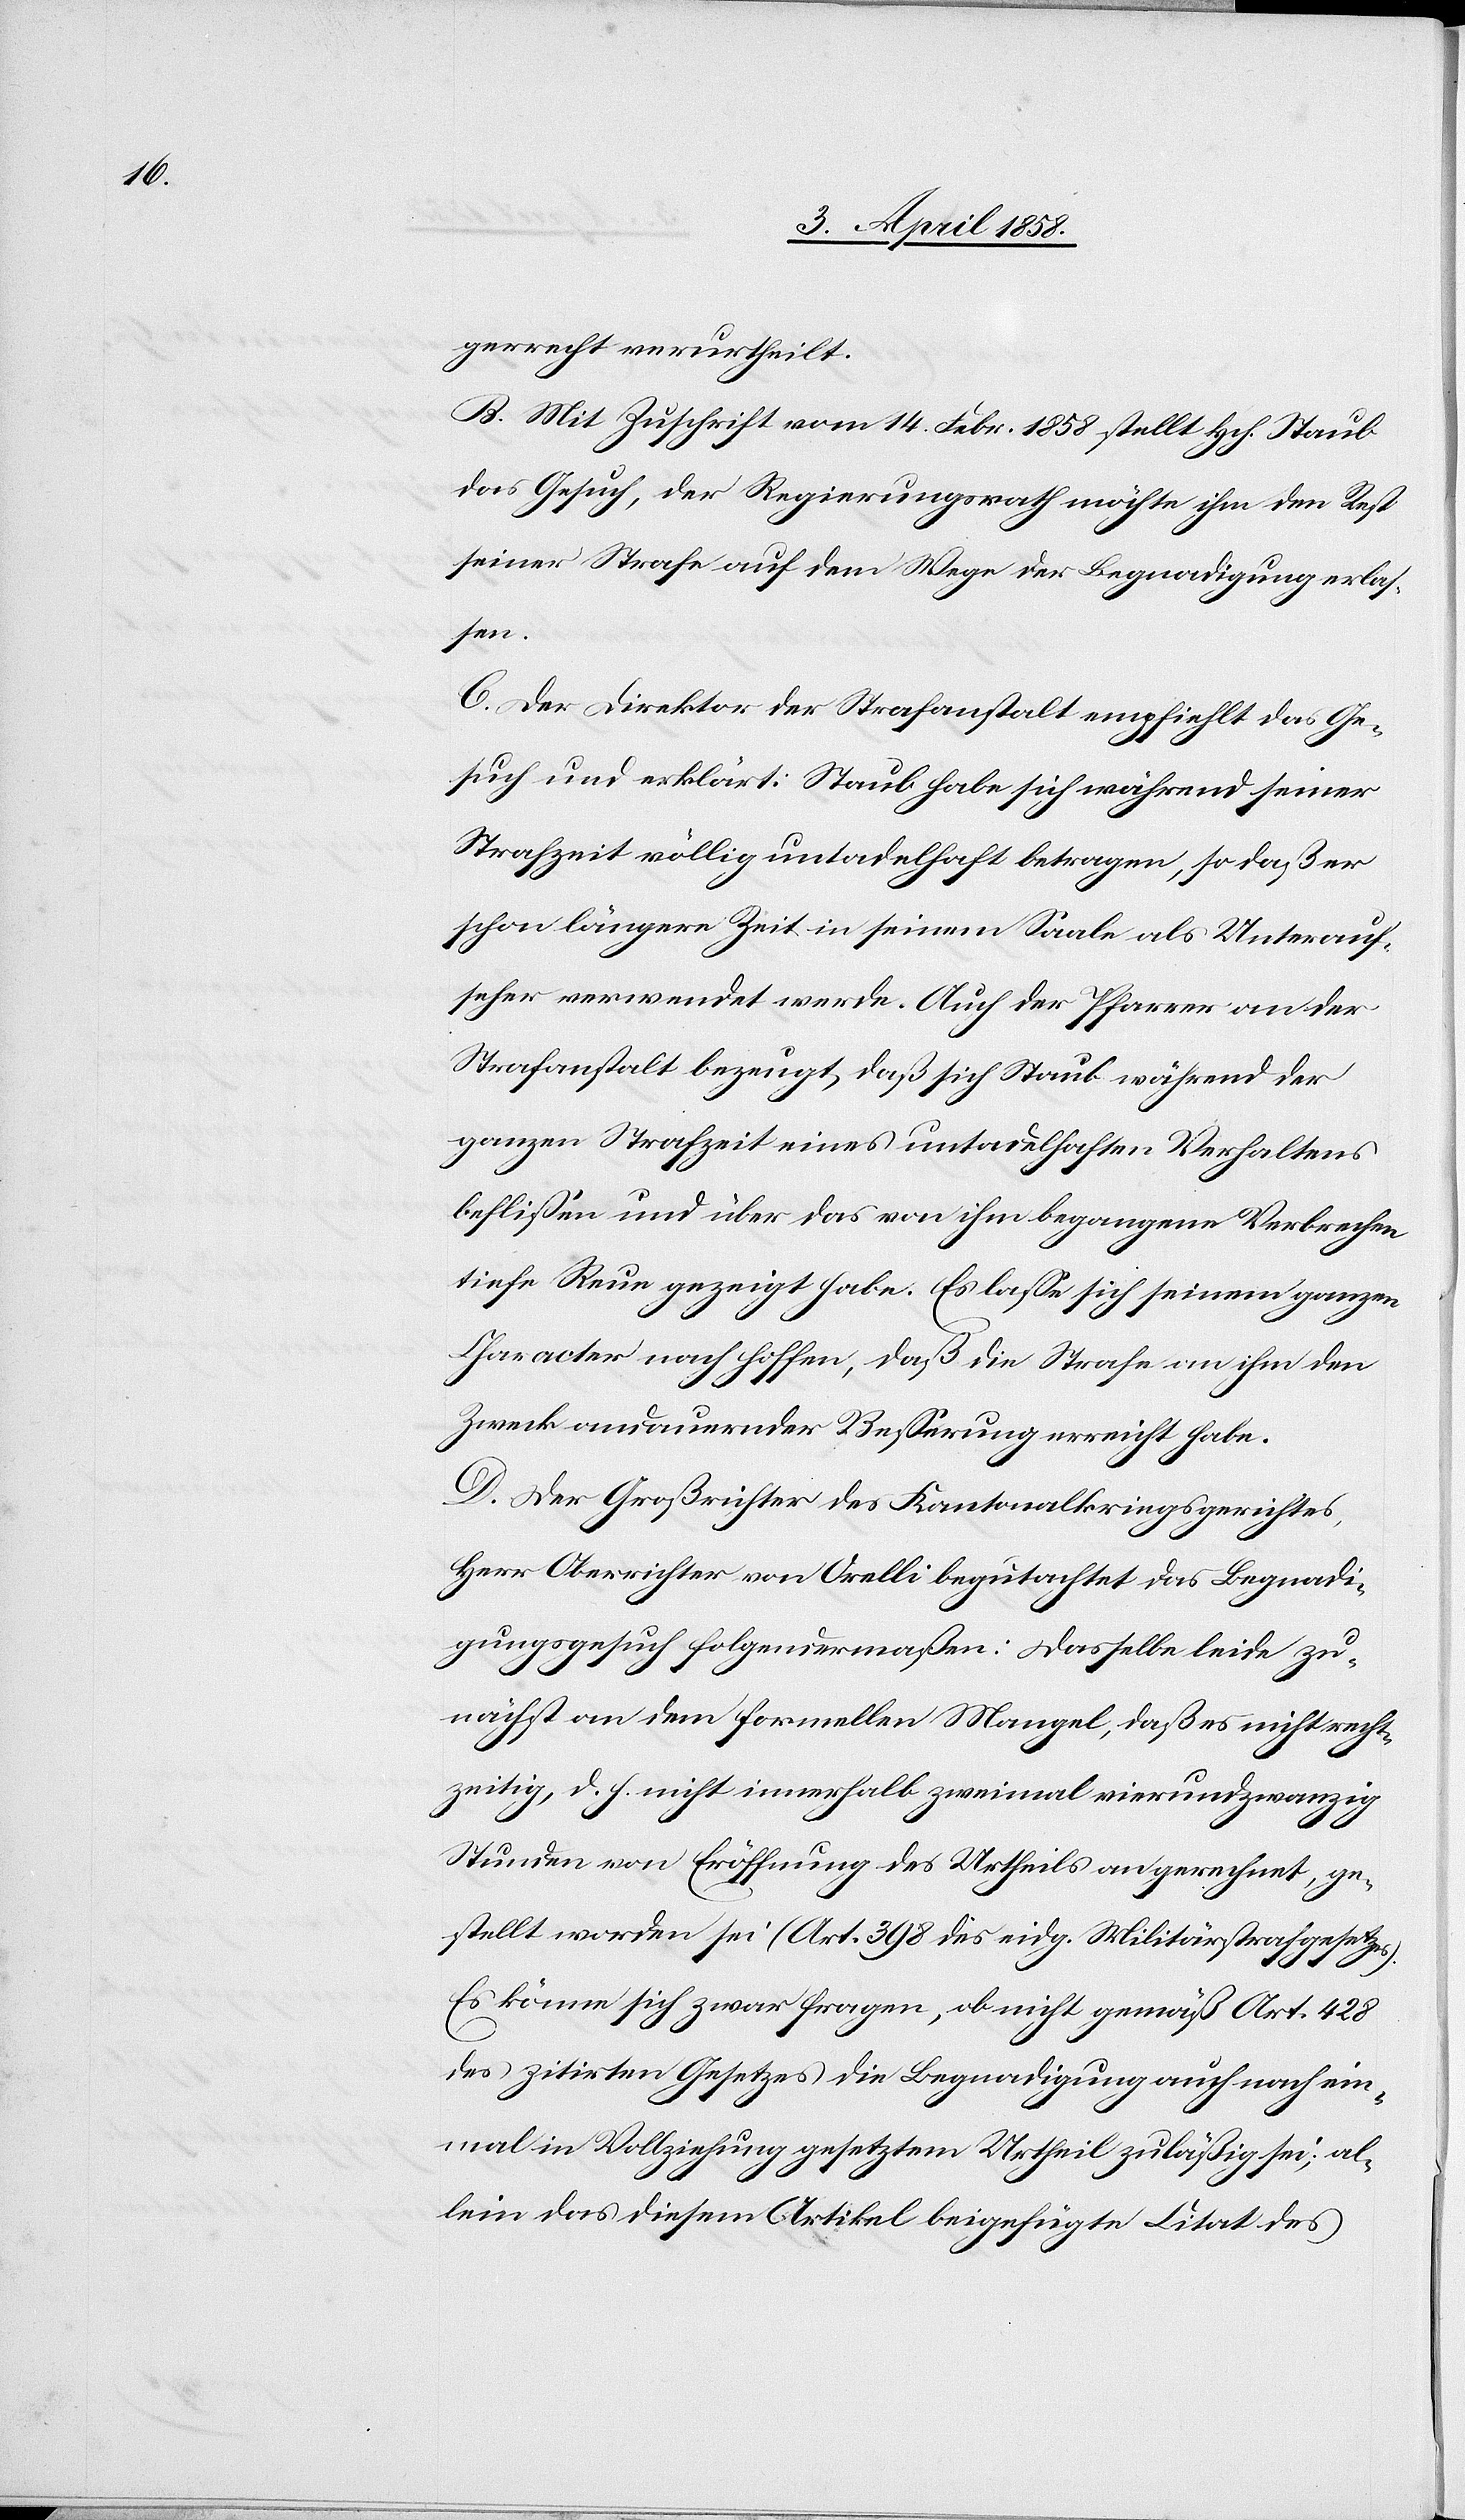
gerrecht verurtheilt.
B. Mit Zuschrift vom 14. Febr. 1858 stellt Hch. Staub
das Gesuch, der Regierungsrath möchte ihm den Rest
seiner Strafe auf dem Wege der Begnadigung erlas¬
sen.
C. Der Direktor der Strafanstalt empfiehlt das Ge¬
such und erklärt: Staub habe sich während seiner
Strafzeit völlig untadelhaft betragen, so daß er
schon längere Zeit in seinem Saale als Unterauf¬
seher verwendet werde. Auch der Pfarrer an der
Strafanstalt bezeugt, daß sich Staub während der
ganzen Strafzeit eines untadelhaften Verhaltens
beflissen und über das von ihm begangene Verbreche¬
n Reue gezeigt habe. Es lasse sich seinem ganzen
Character nach hoffen, daß die Strafe an ihm den
Zweck andauernder Besserung erreicht habe.
D. Der Großrichter des Kantonalkreisgerichtes,
Herr Oberrichter von Orelli begutachtet das Begnadi¬
gungsgesuch folgendermaßen: Dasselbe leide zu¬
nächst an dem formellen Mangel, daß es nicht recht¬
zeitig, d. h. nicht innerhalb zweimal vierundzwanzig
Stunden von Eröffnung des Urtheils an gerechnet, ge¬
stellt worden sei (Art. 398 des eidg. Militärsstrafgesetzes).
Es könne sich zwar fragen, ob nicht gemäß Art. 428
des zitirten Gesetzes die Begnadigung auch noch ein¬
mal in Vollziehung gesetztem Urtheil zuläßig sei, al¬
lein das diesem Artikel beigefügte Citat des